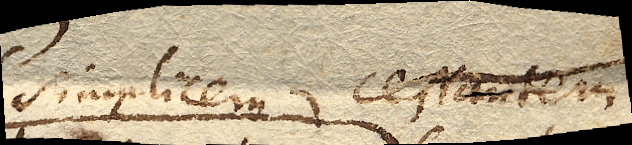
simplicem cessantem